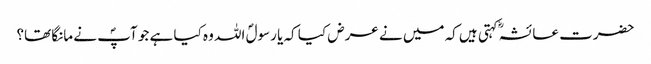
حضرت عائشہؓ کہتی ہیں کہ میں نے عرض کیا کہ یا رسولؐ اللہ وہ کیا ہے جو آپؐ نے مانگا تھا؟